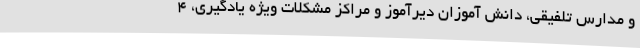
و مدارس تلفیقی، دانش آموزان دیرآموز و مراکز مشکلات ویژه یادگیری، 4